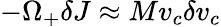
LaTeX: -\Omega_{+}\delta J\approx Mv_{c}\delta v_{c}